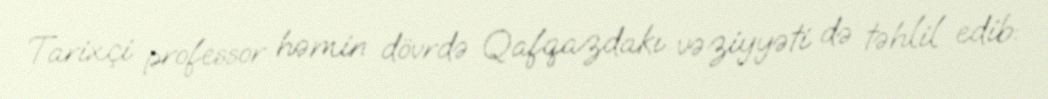
Tarixçi professor həmin dövrdə Qafqazdakı vəziyyəti də təhlil edib: